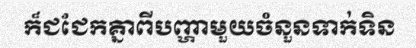
ក៏ជជែកគ្នាពីបញ្ហាមួយចំនួនទាក់ទិន